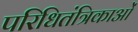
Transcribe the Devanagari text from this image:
परिधितंत्रिकाओं